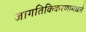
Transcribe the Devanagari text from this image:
जागतिकिकरणामधले